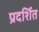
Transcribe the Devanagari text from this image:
प्रदर्शित